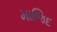
માજિદ